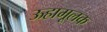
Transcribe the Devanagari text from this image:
ऊहामूलक